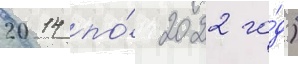
2014 по́ 2022 го́д)